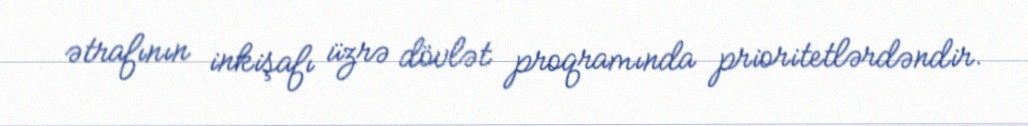
ətrafının inkişafı üzrə dövlət proqramında prioritetlərdəndir.